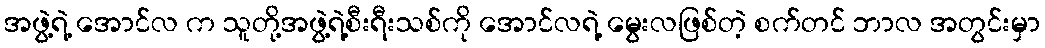
အဖွဲ့ရဲ့ အောင်လ က သူတို့အဖွဲ့ရဲ့စီးရီးသစ်ကို အောင်လရဲ့ မွေးလဖြစ်တဲ့ စက်တင် ဘာလ အတွင်းမှာ